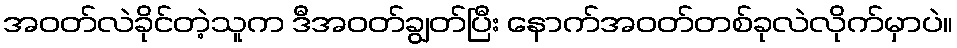
အဝတ်လဲခိုင်တဲ့သူက ဒီအဝတ်ချွတ်ပြီး နောက်အဝတ်တစ်ခုလဲလိုက်မှာပဲ။